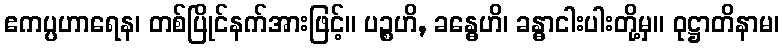
ဧကပ္ပဟာရေန၊ တစ်ပြိုင်နက်အားဖြင့်။ ပဉ္စဟိ, ခန္ဓေဟိ၊ ခန္ဓာငါးပါးတို့မှ။ ဝုဋ္ဌာတိနာမ၊